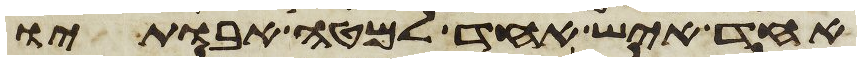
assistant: אחד איש אחד למטה אבתיו